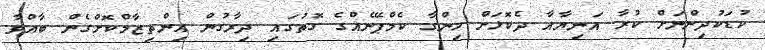
ކުޑަކުދިންނަށް ކުރާ އަނިޔާއާ ދެކޮޅަށް ހިންގާ ކެމްޕޭނެއްގެ ގޮތުގައި ދިރާގުން އިންތިޒާމްކޮށްގެން ބާއްވާ